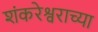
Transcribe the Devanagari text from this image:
शंकरेश्वराच्या